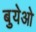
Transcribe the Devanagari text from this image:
बुयेओ